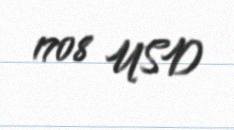
1708 USD